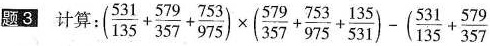
题3 计算 :$$( \frac { 5 3 1 } { 3 5 7 } + \frac { 5 7 9 } { 3 5 7 } + \frac { 7 5 3 }{ 9 7 5 } ) \times ( \frac { 5 7 9 } { 3 5 7 } + \frac { 7 5 3 } { 9 7 5 }+ \frac { 1 3 5 } { 5 3 1 } ) - ( \frac { 5 3 1 } { 1 3 5 } + \frac{579}{357}